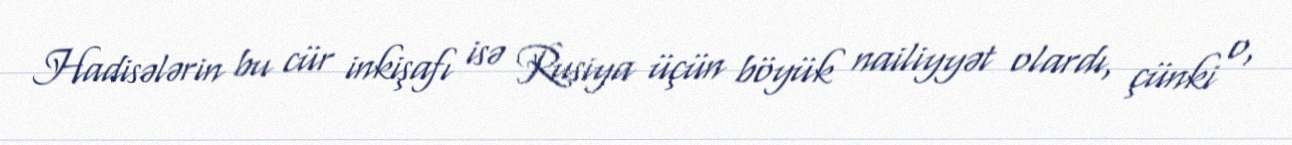
Hadisələrin bu cür inkişafı isə Rusiya üçün böyük nailiyyət olardı, çünki o,